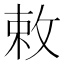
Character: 敕